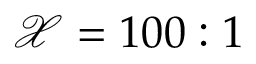
\mathcal { X } = 1 0 0 : 1